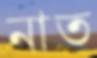
নাত